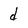
Character: d